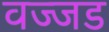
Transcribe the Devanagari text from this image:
वज्जड